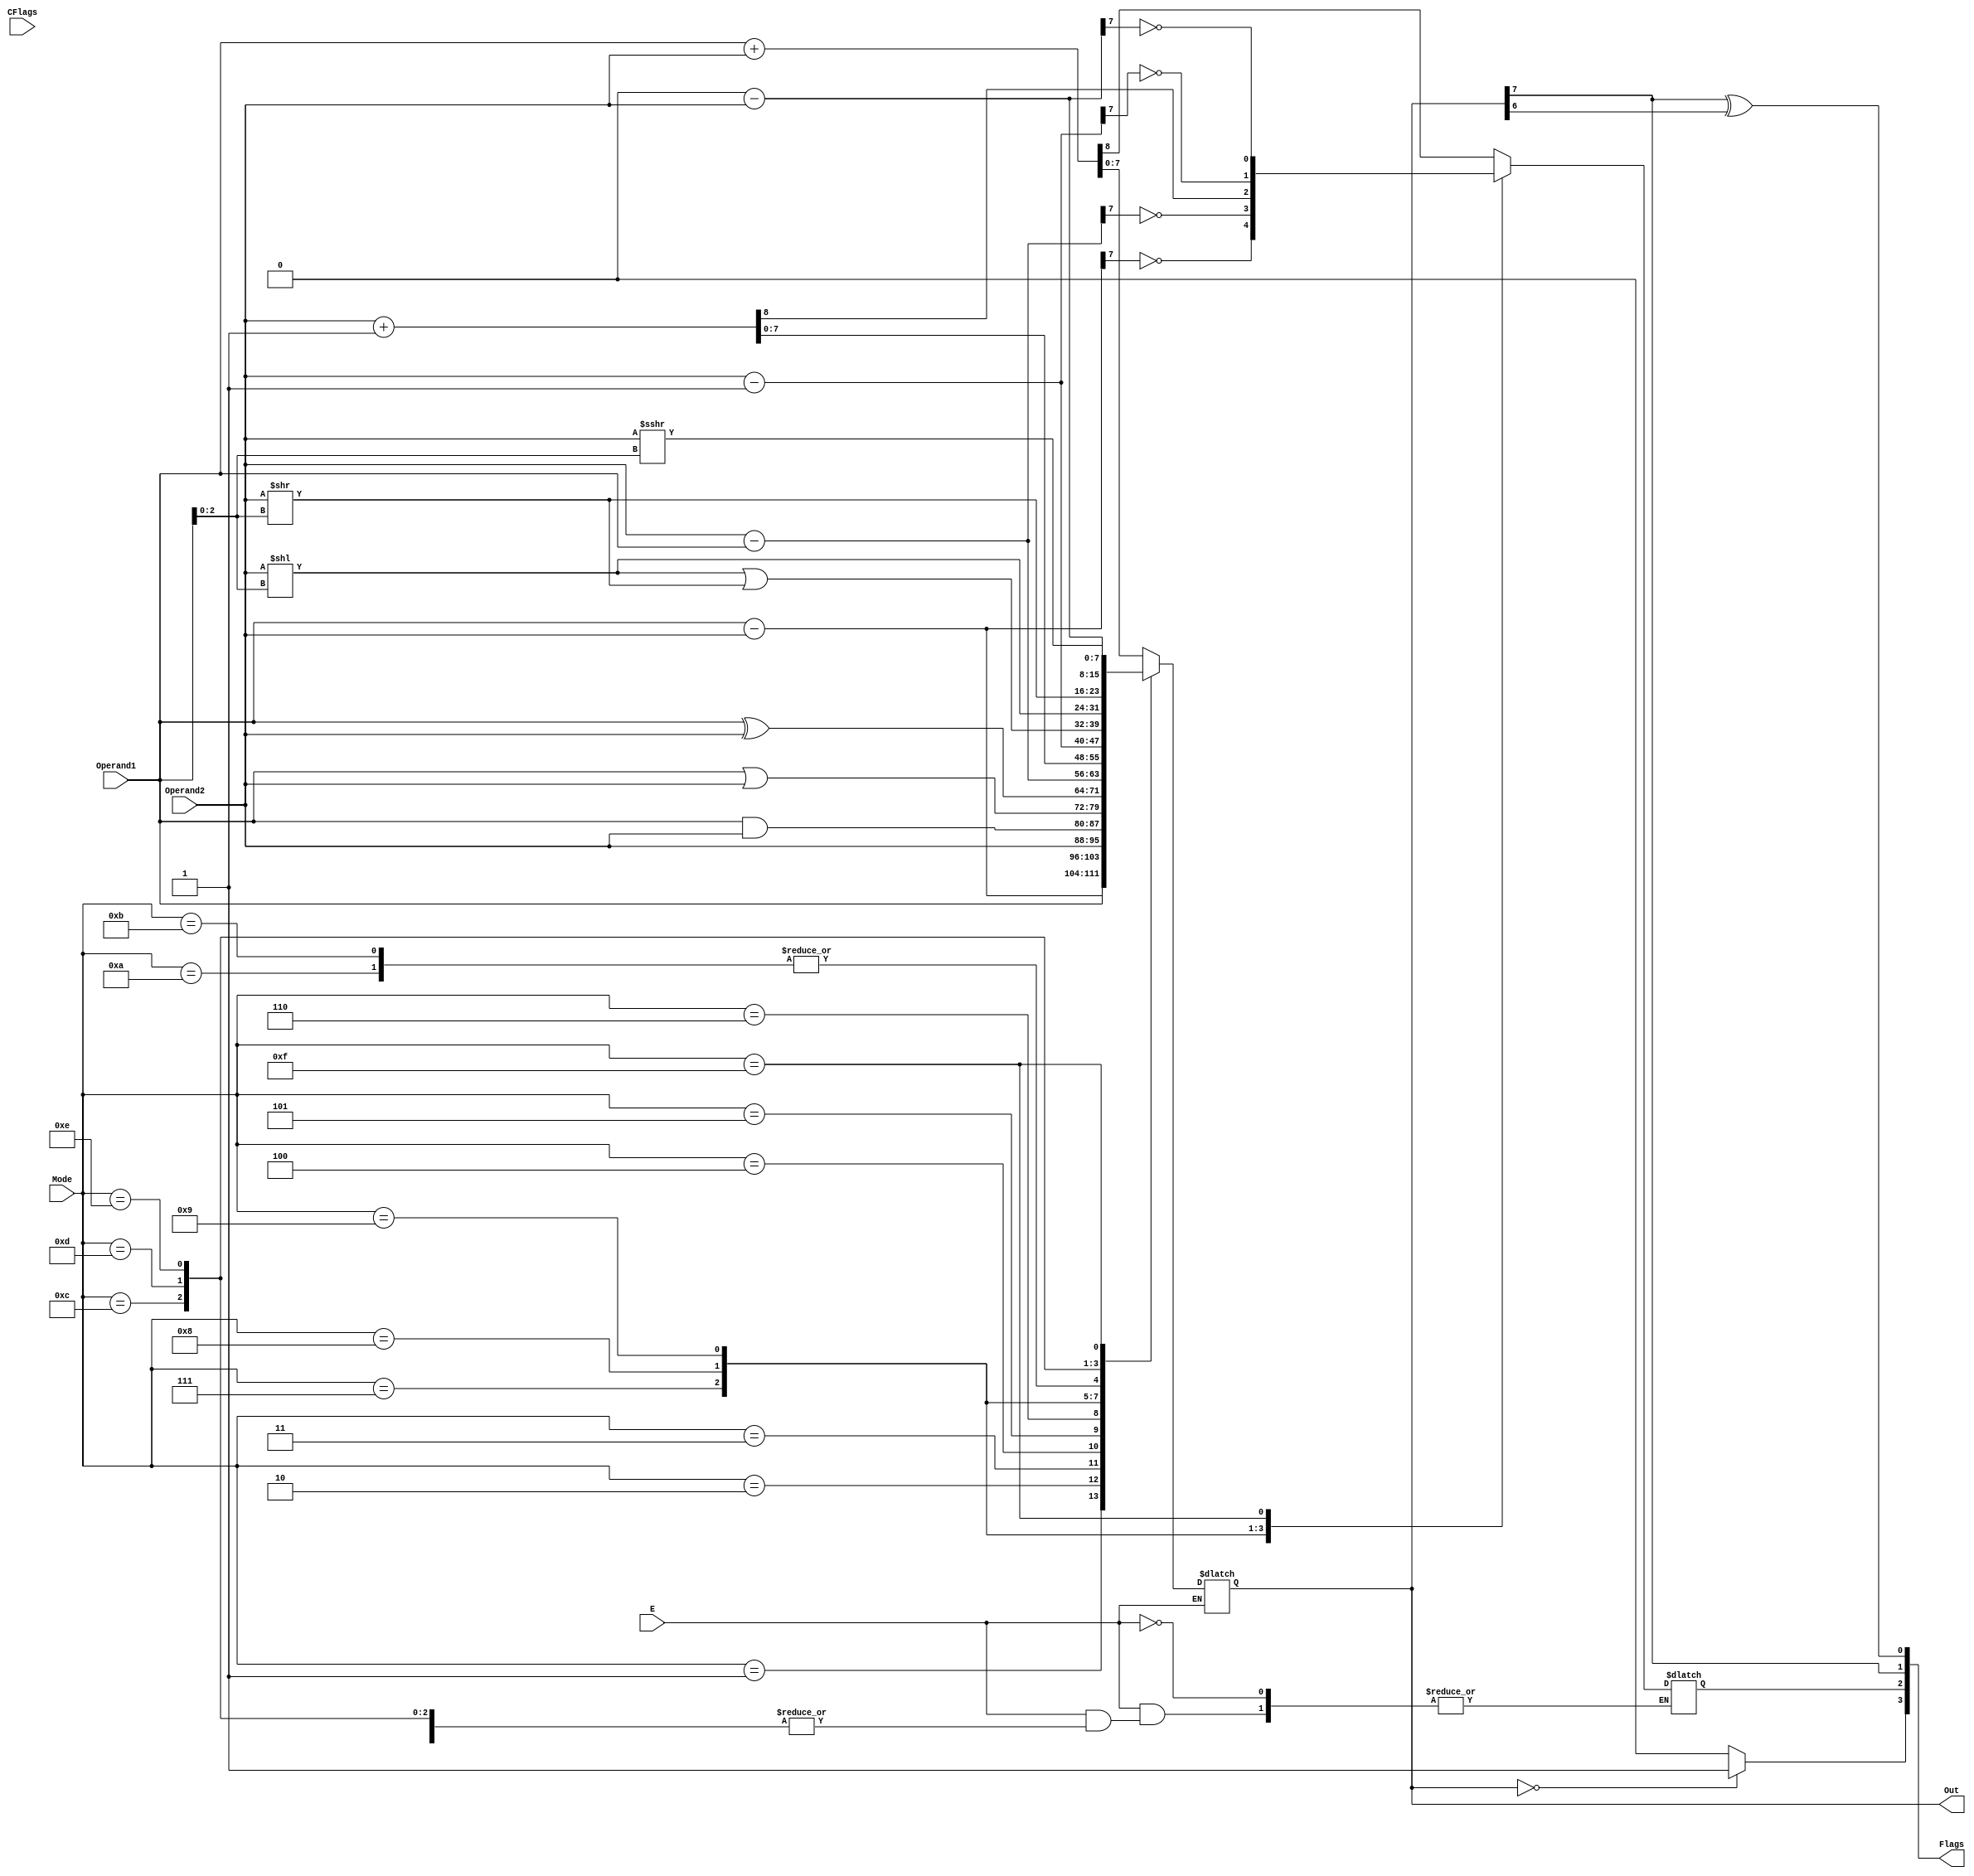
`timescale 1ns / 1ps
//////////////////////////////////////////////////////////////////////////////////
// Company: 
// Engineer: 
// 
// Design Name: ALU FOR MICROCONTROLLER
// Module Name: ALU
// Name - Kaushal Kumar Kumawat
// Roll No.- 21PHC1R15
//////////////////////////////////////////////////////////////////////////////////


module ALU(Operand1,Operand2,E,Mode,CFlags,Out,Flags);

// Dexlaring the ports and their parameters
input [7:0] Operand1,Operand2;
input E; // Enable input for ALU
input [3:0] Mode; // Selecting the mode of operation (Binary encoding IR[7:4])
input [3:0] CFlags; // Current status of the flags (Z,C,S,O - MSB to LSB format)
output [7:0] Out; // Output of the ALU after performing operation
output [3:0] Flags; // Output of ALU for changing flags (Z,C,S,O - MSB to LSB format)

wire Z,S,O;
reg CarryOut;
reg [7:0] Out_ALU;

always @(*)
if (E == 1)
begin
case(Mode) // IR[7:4] = Mode
    4'b0000:    {CarryOut,Out_ALU} = Operand1 + Operand2; // Addition Operation
    4'b0001:    begin  // SUBAM Operation
                        Out_ALU = Operand1 - Operand2;
                        CarryOut = !Out_ALU[7];
                end 
    4'b0010:    Out_ALU = Operand1; // MOVAM 
    4'b0011:    Out_ALU = Operand2; // MOVMA
    4'b0100:    Out_ALU = Operand1 & Operand2; // Bitwise AND Operation
    4'b0101:    Out_ALU = Operand1 | Operand2; // Bitwise OR Operation
    4'b0110:    Out_ALU = Operand1 ^ Operand2; // Bitwise XOR Operation
    4'b0111:    begin // SUBMA Operation
                        Out_ALU = Operand2 - Operand1;
                        CarryOut = !Out_ALU[7];
                end
    4'b1000:    {CarryOut,Out_ALU} = Operand2 + 8'h1; // INCREAMENT Operation       
    4'b1001:    begin // DECREAMENT Operation 
                        Out_ALU = Operand2 - 8'h1;
                        CarryOut = !Out_ALU[7];
                end
    4'b1010:    Out_ALU = (Operand2 << Operand1[2:0]) | (Operand2 >> Operand1[2:0]); // ROTATE LEFT OPERATION
    4'b1011:    Out_ALU = (Operand2 >> Operand1[2:0]) | (Operand2 << Operand1[2:0]); // ROTATE RIGHT OPERATION
    4'B1100:    Out_ALU = Operand2 << Operand1[2:0]; // SHIFT LEFT LOGICAL OPERATION
    4'b1101:    Out_ALU = Operand2 >> Operand1[2:0]; // SHIFT RIGHT LOGICAL OPERATION
    4'b1110:    Out_ALU = Operand2 >>> Operand1[2:0]; // SHIFT RIGHT ARITHMETIC OPERATION
    4'b1111:    begin // COMPLIMENT OPERATION
                      Out_ALU = 8'h0 - Operand2;
                        CarryOut = !Out_ALU[7];
                end  
    default:    Out_ALU = Operand2;  
                
endcase
end

assign O = Out_ALU[7] ^ Out_ALU[6];
assign Z = (Out_ALU == 0)? 1'b1 : 1'b0;
assign S = Out_ALU[7];
assign Flags = {Z,CarryOut,S,O};
assign Out = Out_ALU;
endmodule